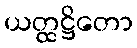
ယတ္ထဋ္ဌိတော